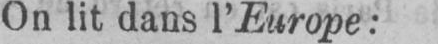
On lit dans l’Europe: